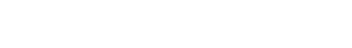
မီလ်တန်အယ်လ်မူလာက ပြောပါတယ်။